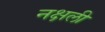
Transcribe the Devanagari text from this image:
नक्षली